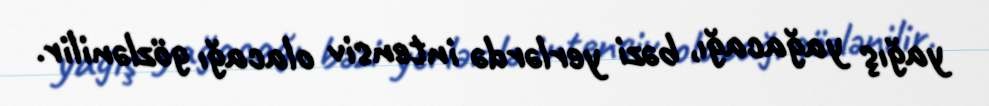
yağış yağacağı, bəzi yerlərdə intensiv olacağı gözlənilir.